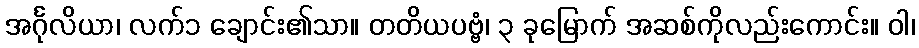
အင်္ဂုလိယာ၊ လက်၁ ချောင်း၏သာ။ တတိယပဗ္ဗံ၊ ၃ ခုမြောက် အဆစ်ကိုလည်းကောင်း။ ဝါ၊